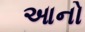
આનો